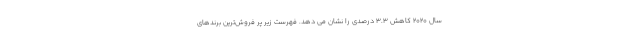
سال 2020 کاهش 3.3 درصدی را نشان می دهد. فهرست زیر پر فروش‌ترین برندهای